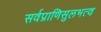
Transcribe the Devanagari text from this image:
सर्वप्राणिसुलभत्व